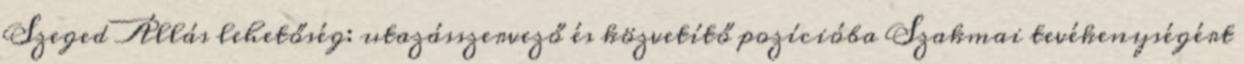
Szeged Állás lehetőség: utazásszervező és közvetítő pozícióba Szakmai tevékenységért